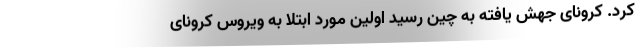
کرد. کرونای جهش یافته به چین رسید اولین مورد ابتلا به ویروس کرونای